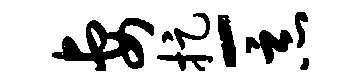
妻捉-恶